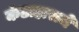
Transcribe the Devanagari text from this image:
कंठाहाराचे